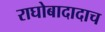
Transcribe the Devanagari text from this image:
राघोबादादाच